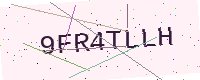
Text: 9FR4TLLH